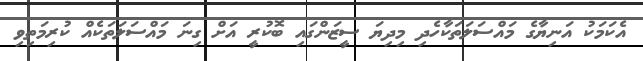
އެކަމަކު އަނިޔާގެ މައްސަލަތަކާހެދި މިިދިޔަ ސީޒަންގައި ބޮކުރީ އަށް ގިނަ މައްސަލަތަކެއް ކުރިމަތިވި